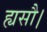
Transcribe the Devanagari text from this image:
ह्यसौ।